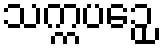
သက္ကပဉှေ